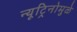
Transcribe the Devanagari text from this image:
न्यूट्रिनोमुळे